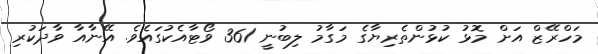
މަހްރޭޒް އަށް މޮޅު ކުޅުންތެރިޔާގެ މަގާމު ލިބުނީ 361 ވޯޓާއެކުގައެވެ. އޭނާއާ ވާދަކުރި